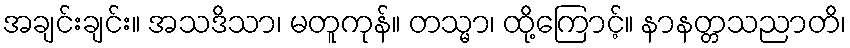
အချင်းချင်း။ အသဒိသာ၊ မတူကုန်။ တသ္မာ၊ ထို့ကြောင့်။ နာနတ္တသညာတိ၊